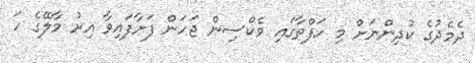
ދެމެދުގެ ކުދިންނަށް މި ހަފްތާގައި ވެކްސިން ޖަހަން ފަށާފައިވާ އިރު މާލޭގެ ހަ